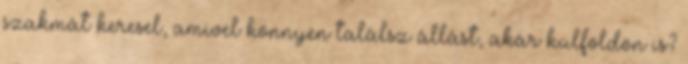
szakmát keresel, amivel könnyen találsz állást, akár külföldön is?